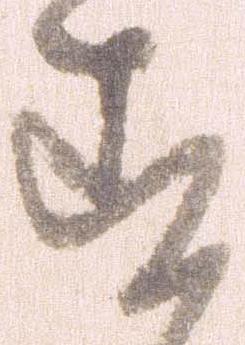
す